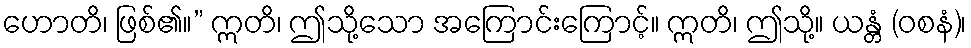
ဟောတိ၊ ဖြစ်၏။” ဣတိ၊ ဤသို့သော အကြောင်းကြောင့်။ ဣတိ၊ ဤသို့။ ယန္တံ (ဝစနံ)၊